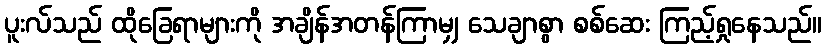
ပူးလ်သည် ထိုခြေရာများကို အချိန်အတန်ကြာမျှ သေချာစွာ စစ်ဆေး ကြည့်ရှုနေသည်။